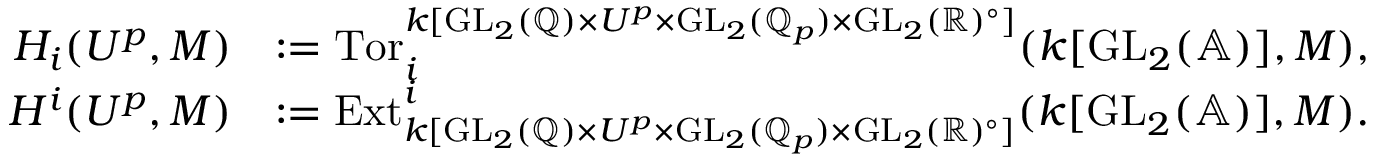
\begin{array} { r l } { H _ { i } ( U ^ { p } , M ) } & { : = \mathrm { T o r } _ { i } ^ { k [ \mathrm { G L } _ { 2 } ( \mathbb { Q } ) \times U ^ { p } \times \mathrm { G L } _ { 2 } ( \mathbb { Q } _ { p } ) \times \mathrm { G L } _ { 2 } ( \mathbb { R } ) ^ { \circ } ] } ( k [ \mathrm { G L } _ { 2 } ( \mathbb { A } ) ] , M ) , } \\ { H ^ { i } ( U ^ { p } , M ) } & { : = \mathrm { E x t } _ { k [ \mathrm { G L } _ { 2 } ( \mathbb { Q } ) \times U ^ { p } \times \mathrm { G L } _ { 2 } ( \mathbb { Q } _ { p } ) \times \mathrm { G L } _ { 2 } ( \mathbb { R } ) ^ { \circ } ] } ^ { i } ( k [ \mathrm { G L } _ { 2 } ( \mathbb { A } ) ] , M ) . } \end{array}